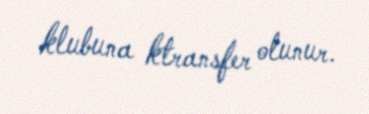
klubuna ktransfer olunur.